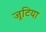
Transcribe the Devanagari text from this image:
जूटिया